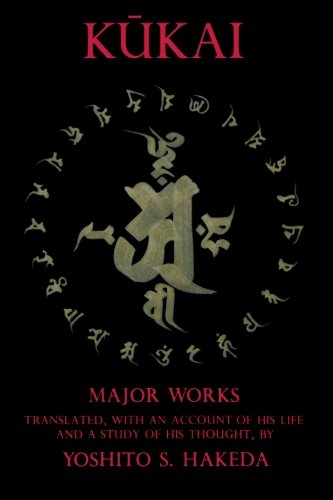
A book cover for Kukai: Major Works; Yoshito S. Hakeda; Religion & Spirituality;